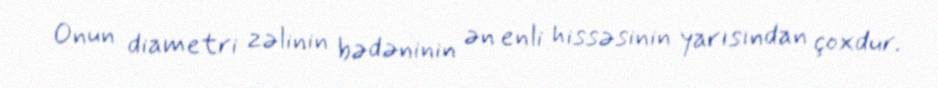
Onun diametri zəlinin bədəninin ən enli hissəsinin yarısından çoxdur.